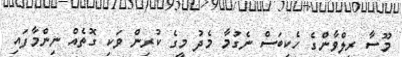
މޫސާ ރިލްވާންގެ ހެކިބަސް ނެގުމާ މެދު މީގެ ކުރިން ވަކި ގޮތެއް ނިންމާފައި